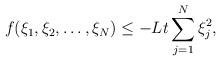
LaTeX: \begin{align*}f(\xi_1,\xi_2,\dots,\xi_N)\leq-Lt\sum\limits_{j=1}^N\xi_j^2,\end{align*}